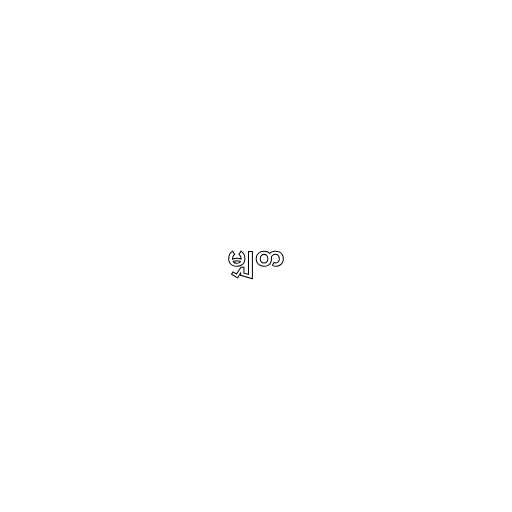
မျှတ